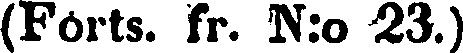
(Forts. fr. N:o 23.)